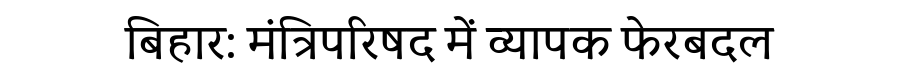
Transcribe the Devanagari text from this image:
बिहार: मंत्रिपरिषद में व्यापक फेरबदल